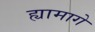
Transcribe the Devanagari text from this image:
ह्यामागे